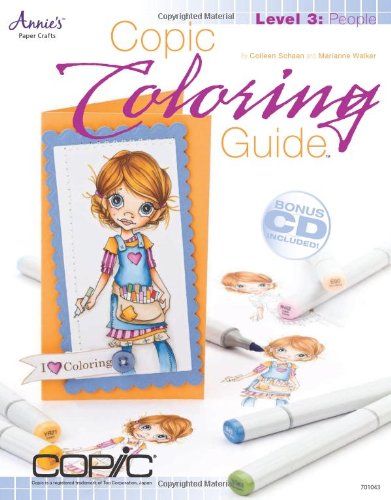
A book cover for Copic Coloring Guide Level 3: People; Colleen Schaan; Arts & Photography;